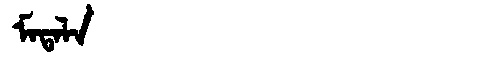
Manchu: ᠮᠠᡨᠠᠯᠠ
Romanization: MATALA